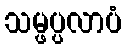
သမ္ဖပ္ပလာပံ